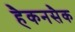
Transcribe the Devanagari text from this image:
हैकनसैक